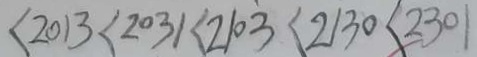
< 2 0 1 3 < 2 0 3 1 < 2 1 0 3 < 2 1 3 0 < 2 3 0 1